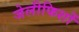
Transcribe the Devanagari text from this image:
जेलीफिशों